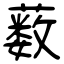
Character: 薮